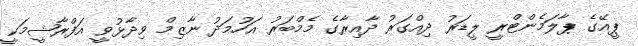
ޕީއޭގެ ޕާލަމެންޓްރީ ލީޑަރު ދިއްގަރު ދާއިރާގެ މެމްބަރު އަހުމަދު ނާޒިމް ވިދާޅުވީ އަފްރާޝީމަކީ